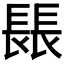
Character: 𨲍